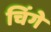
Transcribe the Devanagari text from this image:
चिंगे